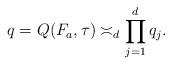
LaTeX: \begin{align*}q=Q(F_a,\tau)\asymp_d \prod_{j=1}^d q_j. \end{align*}